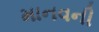
માનવની